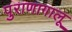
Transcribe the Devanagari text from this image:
पुराणागालू